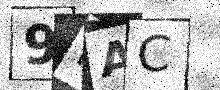
Text: 9HAC